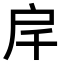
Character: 𢨮